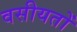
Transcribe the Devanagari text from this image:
वसीयतों